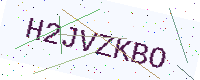
Text: H2JVZKBO